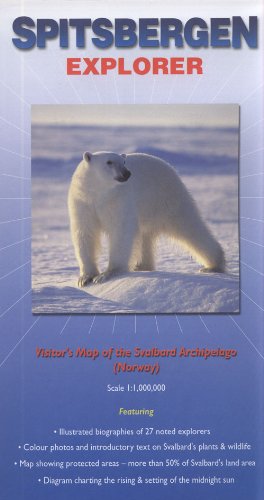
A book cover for Spitsbergen Explorer Map by Ocean Explorer Maps; Ocean Explorer Maps; Travel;